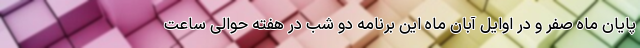
پایان ماه صفر و در اوایل آبان ماه این برنامه دو شب در هفته حوالی ساعت